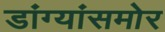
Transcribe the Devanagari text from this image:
डांग्यांसमोर